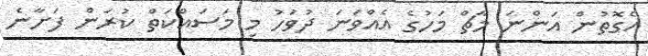
އެގޮތުން އަންނަ މާޗް މަހުގެ އެއްވަނަ ދުވަހު މި މަސައްކަތް ކުރަން ފަށާނެ